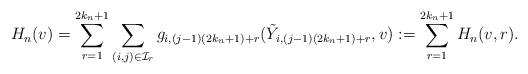
LaTeX: \begin{align*} H_n(v)=\sum^{2k_n+1}_{r=1}\sum_{(i,j)\in{\cal I}_r} g_{i,(j-1)(2k_n+1)+r}(\tilde{Y}_{i,(j-1)(2k_n+1)+r},v):= \sum^{2k_n+1}_{r=1} H_n(v,r).\end{align*}